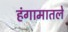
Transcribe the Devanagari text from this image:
हंगामातले